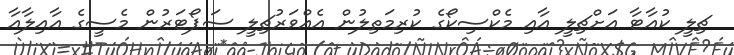
ޗިލީ ކުއާޓާ އަށްޗިލީ އާއި މެކްސިކޯގެ ކުރިމަތިލުން އެއްވަރުޗިލީ ސަޕޯޓަރުން މެސީގެ އާއިލާއާ